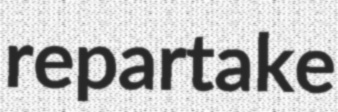
repartake